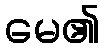
မေ၏